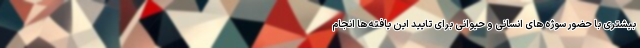
بیشتری با حضور سوژه های انسانی و حیوانی برای تایید این یافته ها انجام